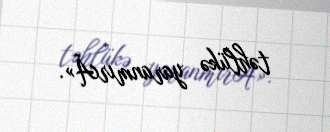
təhlükə yaranmırÂ».